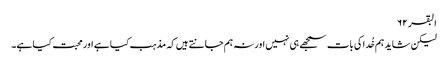
البقر ۶۲
لیکن شاید ہم خُدا کی بات سمجھے ہی نہیں اور نہ ہم جانتے ہیں کہ مذہب کیا ہے اور محبت کیا ہے۔